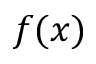
f ( x )